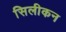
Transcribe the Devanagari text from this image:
सिलीकन